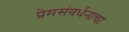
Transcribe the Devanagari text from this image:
प्रेमसंवर्धनाचा